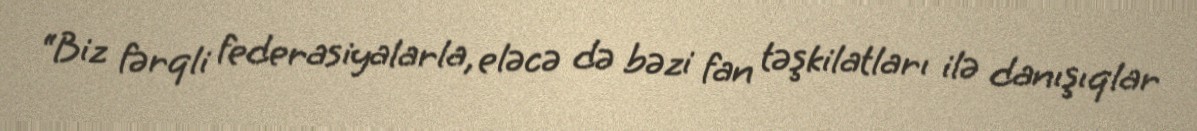
“Biz fərqli federasiyalarla, eləcə də bəzi fan təşkilatları ilə danışıqlar